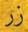
زر